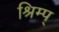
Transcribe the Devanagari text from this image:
श्रिम्प्